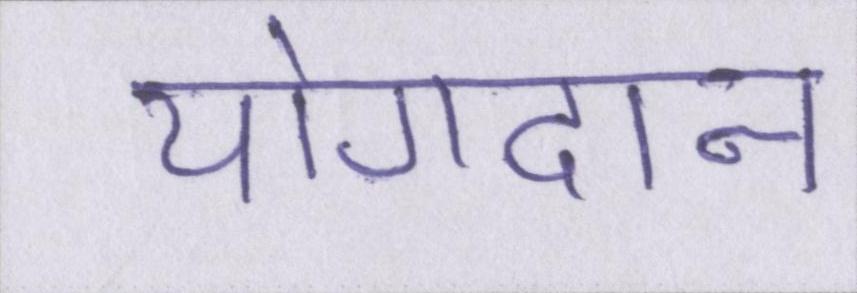
योगदान